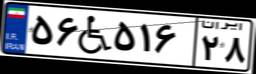
۵۶W۵۱۶۲۸